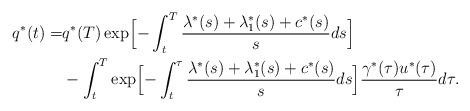
LaTeX: \begin{align*} q^*(t)= &q^*(T) \exp \Bigl[ -\int_t^T \frac{\lambda^*(s)+\lambda_1^*(s)+c^*(s)}{s} ds \Bigr]\\ &- \int_t^T \exp \Bigl[ -\int_t^{\tau} \frac{\lambda^*(s)+\lambda_1^*(s)+c^*(s)}{s} ds \Bigr] \frac{\gamma^*(\tau)u^*(\tau)}{\tau} d\tau.\end{align*}